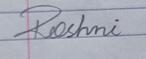
Signature authenticity: forged